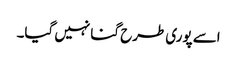
اسے پوری طرح گنا نہیں گیا۔